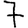
Digit: 7